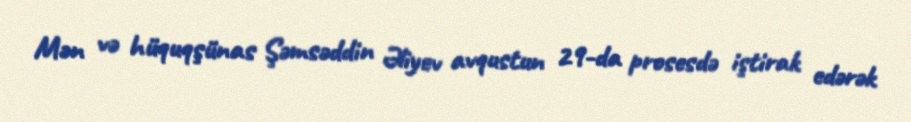
Mən və hüquqşünas Şəmsəddin Əliyev avqustun 29-da prosesdə iştirak edərək